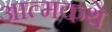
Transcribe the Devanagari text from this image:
आत्मकथे